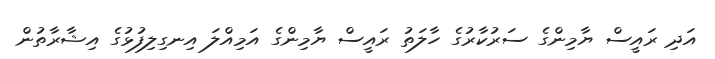
އަދި ރައީސް ޔާމިންގެ ސަރުކާރުގެ ހާލަތު ރައީސް ޔާމިންގެ އަމިއްލަ އިނގިލިފުޅުގެ އިޝާރާތުން